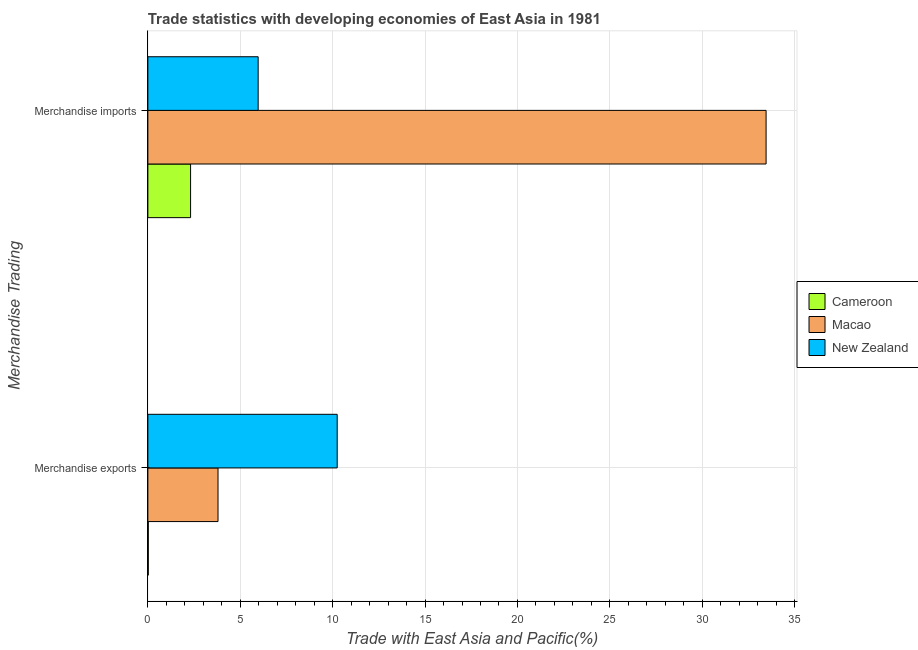
| Merchandise Trading | Cameroon | Macao | New Zealand |
 | --- | --- | --- | --- |
 | Merchandise exports | 0.0226 | 3.8 | 10.2 |
 | Merchandise imports | 2.31 | 33.5 | 5.97 |